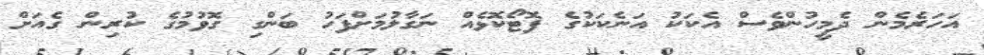
އަހަރެމެން ދެމީހުންވެސް އެކަކު އަނެކަކުގެ ފޮޓޯކޮޅެއް ނަގާލުމަށްފަހު ބަންގި ގޮވުމުގެ ކުރިން ގެއަށް